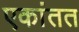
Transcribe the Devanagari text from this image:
एकांतत